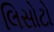
લિસોટો